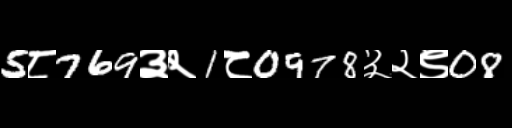
Text: 5८769३२1८0978३२९08